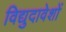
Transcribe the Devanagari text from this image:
विद्युदावेशों